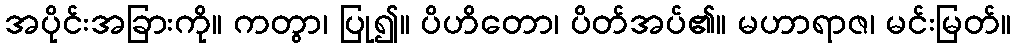
အပိုင်းအခြားကို။ ကတွာ၊ ပြု၍။ ပိဟိတော၊ ပိတ်အပ်၏။ မဟာရာဇ၊ မင်းမြတ်။